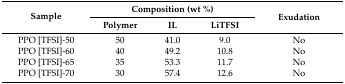
<table><thead><tr><td rowspan="2"><b>Sample</b></td><td colspan="3"><b>Composition (wt %)</b></td><td rowspan="2"><b>Exudation</b></td></tr><tr><td><b>Polymer</b></td><td><b>IL</b></td><td><b>LiTFSI</b></td></tr></thead><tbody><tr><td>PPO [TFSI]-50</td><td>50</td><td>41.0</td><td>9.0</td><td>No</td></tr><tr><td>PPO [TFSI]-60</td><td>40</td><td>49.2</td><td>10.8</td><td>No</td></tr><tr><td>PPO [TFSI]-65</td><td>35</td><td>53.3</td><td>11.7</td><td>No</td></tr><tr><td>PPO [TFSI]-70</td><td>30</td><td>57.4</td><td>12.6</td><td>No</td></tr></tbody></table>